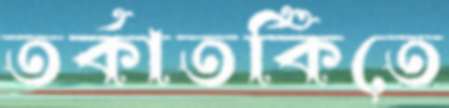
তর্কাতর্কিতে